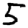
Digit: 5